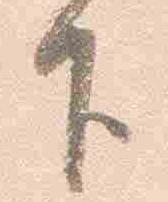
下